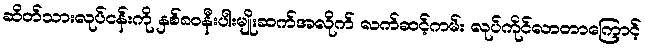
ဆိတ်သားလုပ်ငန်းကို နှစ်၈၀နီးပါးမျိုးဆက်အလိုက် လက်ဆင့်ကမ်း လုပ်ကိုင်လာတာကြောင့်